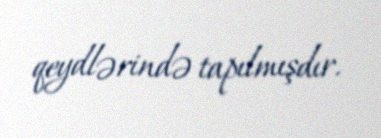
qeydlərində tapılmışdır.